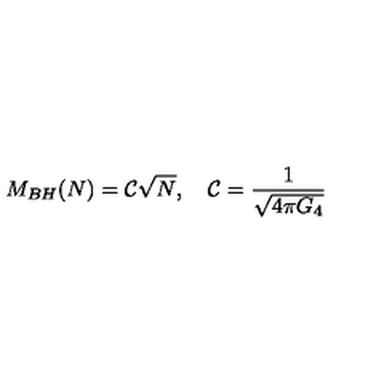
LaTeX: M _ { B H } ( N ) = { \cal C } \sqrt { N } , \quad { \cal C } = \frac { 1 } { \sqrt { 4 \pi G _ { 4 } } }